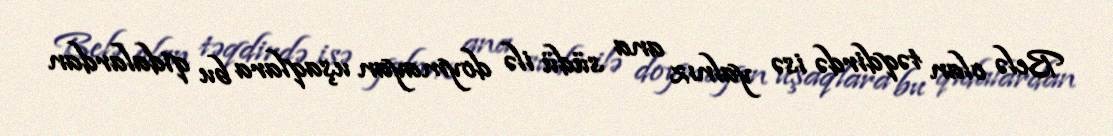
Belə olan təqdirdə isə yalnız ana südü ilə doymayan uşaqlara bu qidalardan